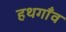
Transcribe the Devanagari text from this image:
हथगाँव